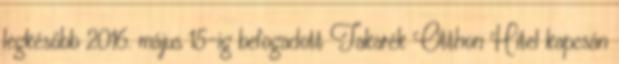
legkésőbb 2016. május 15-ig befogadott Takarék Otthon Hitel kapcsán